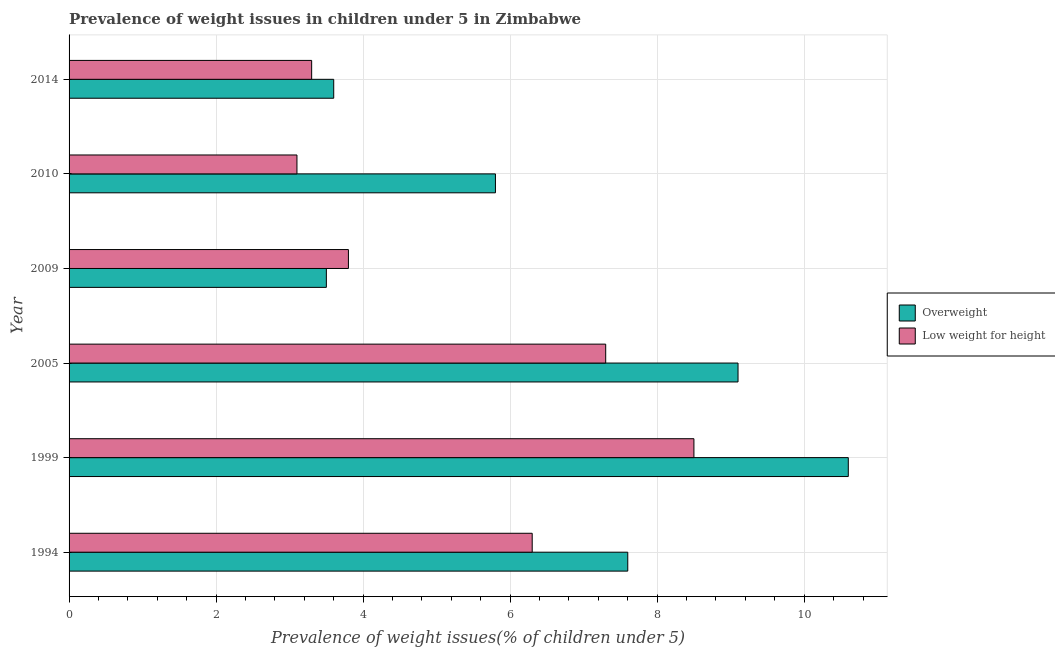
| Year | Overweight | Low weight for height |
 | --- | --- | --- |
 | 1994 | 7.6 | 6.3 |
 | 1999 | 10.6 | 8.5 |
 | 2005 | 9.1 | 7.3 |
 | 2009 | 3.5 | 3.8 |
 | 2010 | 5.8 | 3.1 |
 | 2014 | 3.6 | 3.3 |